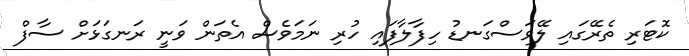
ކޮޓަރި ތެރޭގައި ލޭވަސްގަނޑު ހިފާލާފައި ހުރި ނަމަވެސް އެތަން ވަނީ ރަަނގަޅަށް ސާފް